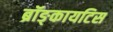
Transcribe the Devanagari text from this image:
ब्रॉङ्कायटिस